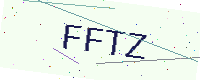
Text: FFTZ